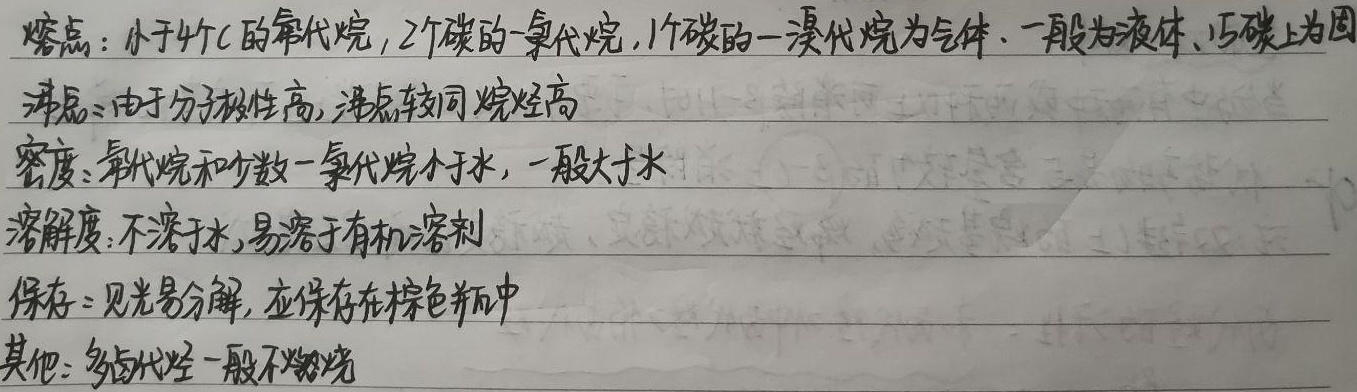
熔点：小于4个C的氟代烷，2个碳的一氯代烷，1个碳的一溴代烷为气体，一般为液体，15碳以上为固
沸点：由于分子极性高，沸点较同烷烃高
密度：氟代烷和少数一氯代烷小于水，一般大于水
溶解度：不溶于水，易溶于有机溶剂
保存：见光易分解，应保存在棕色瓶中
其他：多卤代烃一般不燃烧